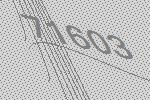
71603